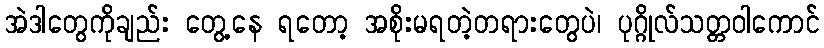
အဲဒါတွေကိုချည်း တွေ့နေ ရတော့ အစိုးမရတဲ့တရားတွေပဲ၊ ပုဂ္ဂိုလ်သတ္တဝါကောင်